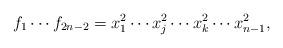
LaTeX: \begin{align*}f_1\cdots f_{2n-2}=x_1^2\cdots x_j^2\cdots x_{k}^2\cdots x_{n-1}^2,\end{align*}